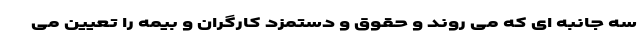
سه جانبه ای که می روند و حقوق و دستمزد کارگران و بیمه را تعیین می